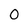
Character: 0